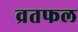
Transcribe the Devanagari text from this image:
व्रतफल